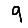
Digit: 9